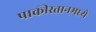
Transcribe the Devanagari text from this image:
पाकीस्तानमध्ये